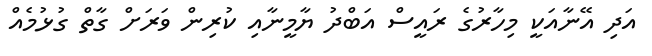
އަދި އޭނާއަކީ މިހާރުގެ ރައީސް އަބްދު ޔާމީނާއި ކުރިން ވަރަށް ގާތް ގުޅުމެއް